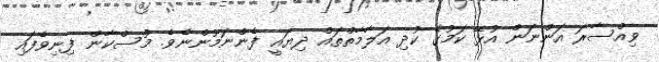
ވިއްސާރަ އަންނަން އުޅޭ ކަމުގެ ކުދި އަލާމާތްތައް ދިޔައީ ފެންނަމުންނެވެ. މުސްކާން ފިނިވެފައި